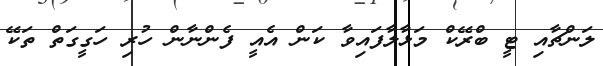
ލަންޗާއި ޓީ ބްރޭކް މަޅާލާފައިވާ ކަން އެއީ ފެންނާން ހުރި ހަގީގަތް ތަކޭ